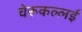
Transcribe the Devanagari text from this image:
चेरूकल्लई